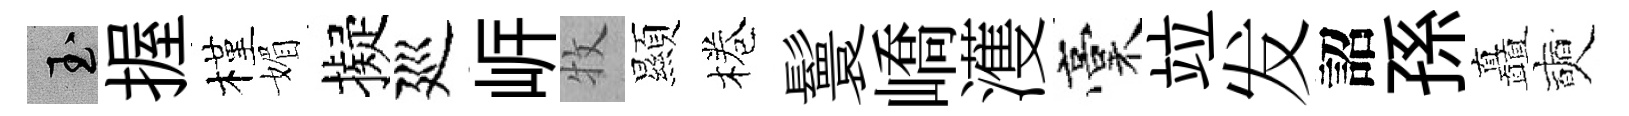
玉握槿媚擬廵㟁牧顯棬鬟嶠濩稾竝发詔孫矗奭